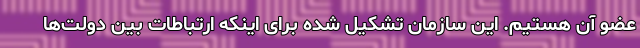
عضو آن هستیم. این سازمان تشکیل شده برای اینکه ارتباطات بین دولت‌ها